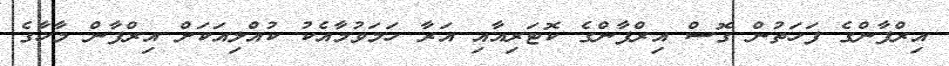
އިރްފާންގެ ފަހަތުން ގޮސް އިރްފާންގެ ކޮޓަރިއާއި އަރާ ހަމަވުމާއެކު ކުއްލިއަކަށް އިރްފާން މާހާގެ